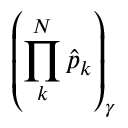
\left( \prod _ { k } ^ { N } \hat { p } _ { k } \right) _ { \gamma }